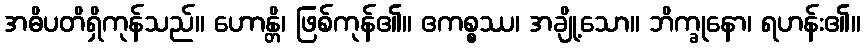
အဓိပတိရှိကုန်သည်။ ဟောန္တိ၊ ဖြစ်ကုန်၏။ ဧကစ္စဿ၊ အချို့သော။ ဘိက္ခုနော၊ ရဟန်း၏။